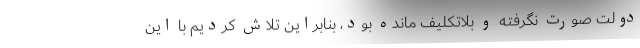
دولت صورت نگرفته و بلاتکلیف مانده بود، بنابراین تلاش کردیم با این